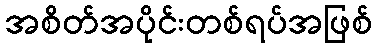
အစိတ်အပိုင်းတစ်ရပ်အဖြစ်